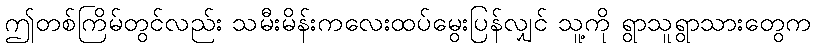
ဤတစ်ကြိမ်တွင်လည်း သမီးမိန်းကလေးထပ်မွေးပြန်လျှင် သူ့ကို ရွာသူရွာသားတွေက